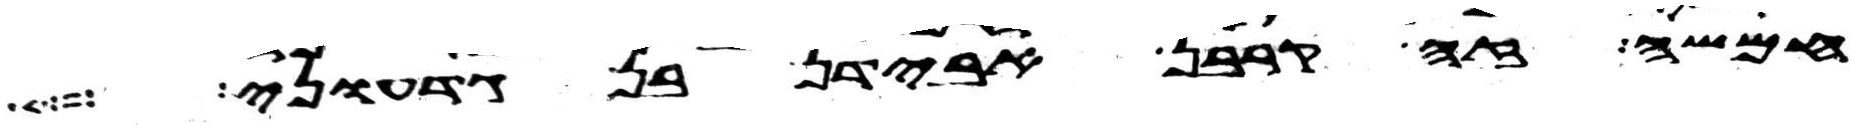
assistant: חמשה זה קרבן אבידן בן גדעוני